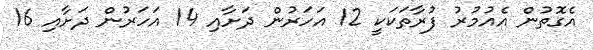
އެގޮތުން އެއުމުރު ފުރާތަކަކީ 12 އަހަރުން ދަށާއި 14 އަހަރުން ދަށާއި 16